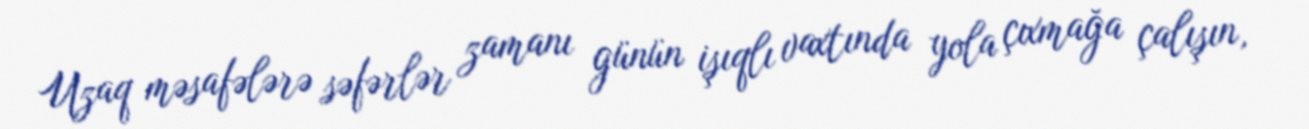
Uzaq məsafələrə səfərlər zamanı günün işıqlı vaxtında yola çıxmağa çalışın,